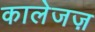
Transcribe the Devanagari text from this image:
कालेजज़